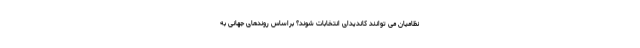
نظامیان می توانند کاندیدای انتخابات شوند؟ براساس روندهای جهانی به